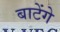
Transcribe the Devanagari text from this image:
बाटेंगे